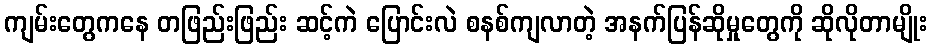
ကျမ်းတွေကနေ တဖြည်းဖြည်း ဆင့်ကဲ ပြောင်းလဲ စနစ်ကျလာတဲ့ အနက်ပြန်ဆိုမှုတွေကို ဆိုလိုတာမျိုး